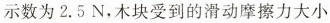
示数为2.5N，木块受到的滑动摩擦力大小